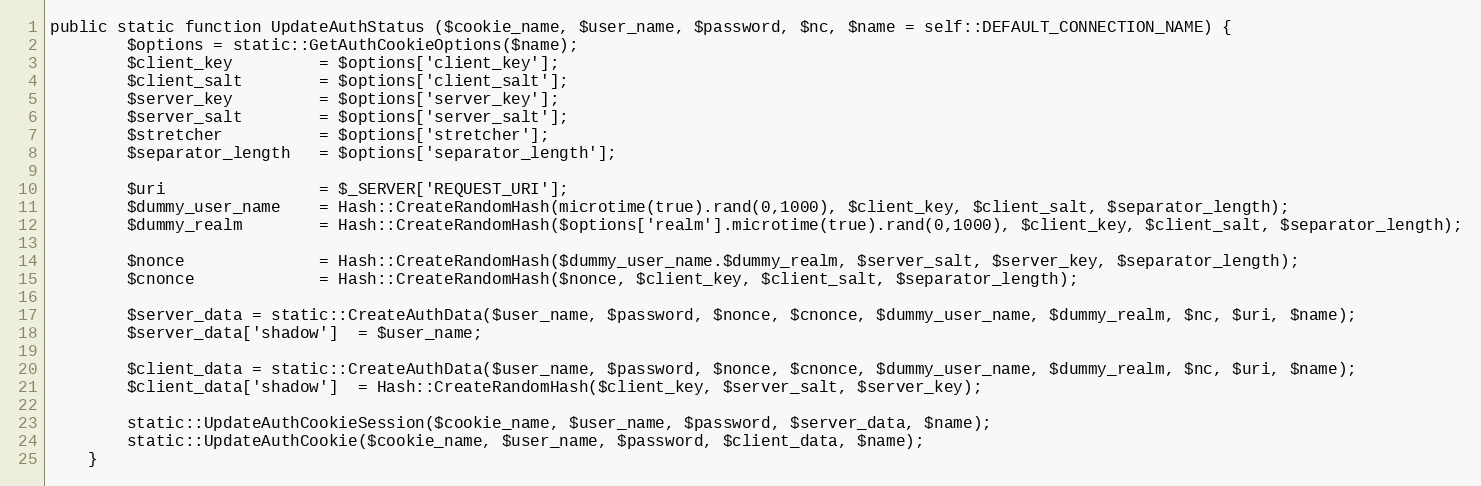
Language: PHP
public static function UpdateAuthStatus ($cookie_name, $user_name, $password, $nc, $name = self::DEFAULT_CONNECTION_NAME) {
		$options = static::GetAuthCookieOptions($name);
		$client_key			= $options['client_key'];
		$client_salt		= $options['client_salt'];
		$server_key			= $options['server_key'];
		$server_salt		= $options['server_salt'];
		$stretcher			= $options['stretcher'];
		$separator_length	= $options['separator_length'];

		$uri				= $_SERVER['REQUEST_URI'];
		$dummy_user_name	= Hash::CreateRandomHash(microtime(true).rand(0,1000), $client_key, $client_salt, $separator_length);
		$dummy_realm		= Hash::CreateRandomHash($options['realm'].microtime(true).rand(0,1000), $client_key, $client_salt, $separator_length);

		$nonce				= Hash::CreateRandomHash($dummy_user_name.$dummy_realm, $server_salt, $server_key, $separator_length);
		$cnonce				= Hash::CreateRandomHash($nonce, $client_key, $client_salt, $separator_length);

		$server_data = static::CreateAuthData($user_name, $password, $nonce, $cnonce, $dummy_user_name, $dummy_realm, $nc, $uri, $name);
		$server_data['shadow']	= $user_name;

		$client_data = static::CreateAuthData($user_name, $password, $nonce, $cnonce, $dummy_user_name, $dummy_realm, $nc, $uri, $name);
		$client_data['shadow']	= Hash::CreateRandomHash($client_key, $server_salt, $server_key);

		static::UpdateAuthCookieSession($cookie_name, $user_name, $password, $server_data, $name);
		static::UpdateAuthCookie($cookie_name, $user_name, $password, $client_data, $name);
	}